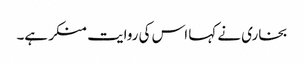
بخاری نے کہا اس کی روایت منکر ہے۔